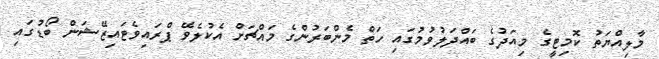
މާލިއްޔަތު ކޮމިޓީގެ މިއަދުގެ ބައްދަލުވުމުގައި ހަތް މެންބަރުންގެ މައްޗަށް އެކުލެވޭ ޕްރައިވެޓައިޒޭޝަން ބޯޑުގައި